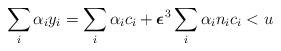
LaTeX: \begin{align*}\sum_i \alpha_iy_i = \sum_i \alpha_ic_i + \boldsymbol\epsilon^3\sum_i \alpha_in_ic_i < u\end{align*}